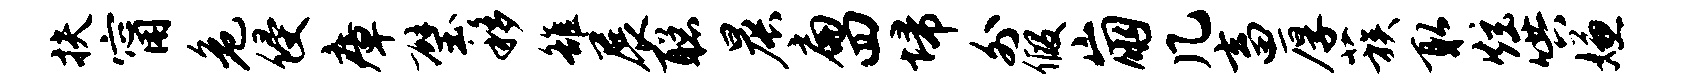
扶甯危侵瘴璧移雒展聪晨扁四埽外假崩几畜厚蔟取炫哄嫌